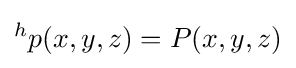
^{h}p(x,y,z)=P(x,y,z)